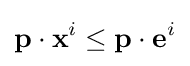
\mathbf {p} \cdot \mathbf {x} ^{i}\leq \mathbf {p} \cdot \mathbf {e} ^{i}